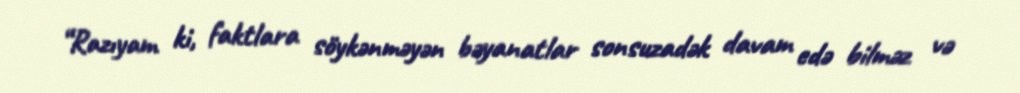
“Razıyam ki, faktlara söykənməyən bəyanatlar sonsuzadək davam edə bilməz və